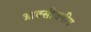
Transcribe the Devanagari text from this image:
आक्सीजनीय